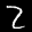
Label: 2